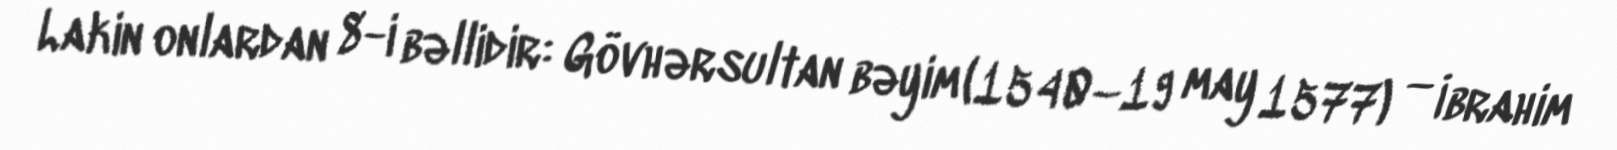
Lakin onlardan 8-i bəllidir: Gövhərsultan bəyim (1540–19 may 1577) — İbrahim